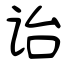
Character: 诒